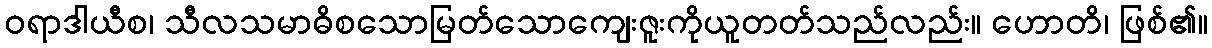
ဝရာဒါယီစ၊ သီလသမာဓိစသောမြတ်သောကျေးဇူးကိုယူတတ်သည်လည်း။ ဟောတိ၊ ဖြစ်၏။